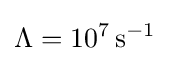
\Lambda =10^{7}\,\mathrm {s} ^{-1}